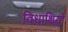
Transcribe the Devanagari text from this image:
विधाथियों